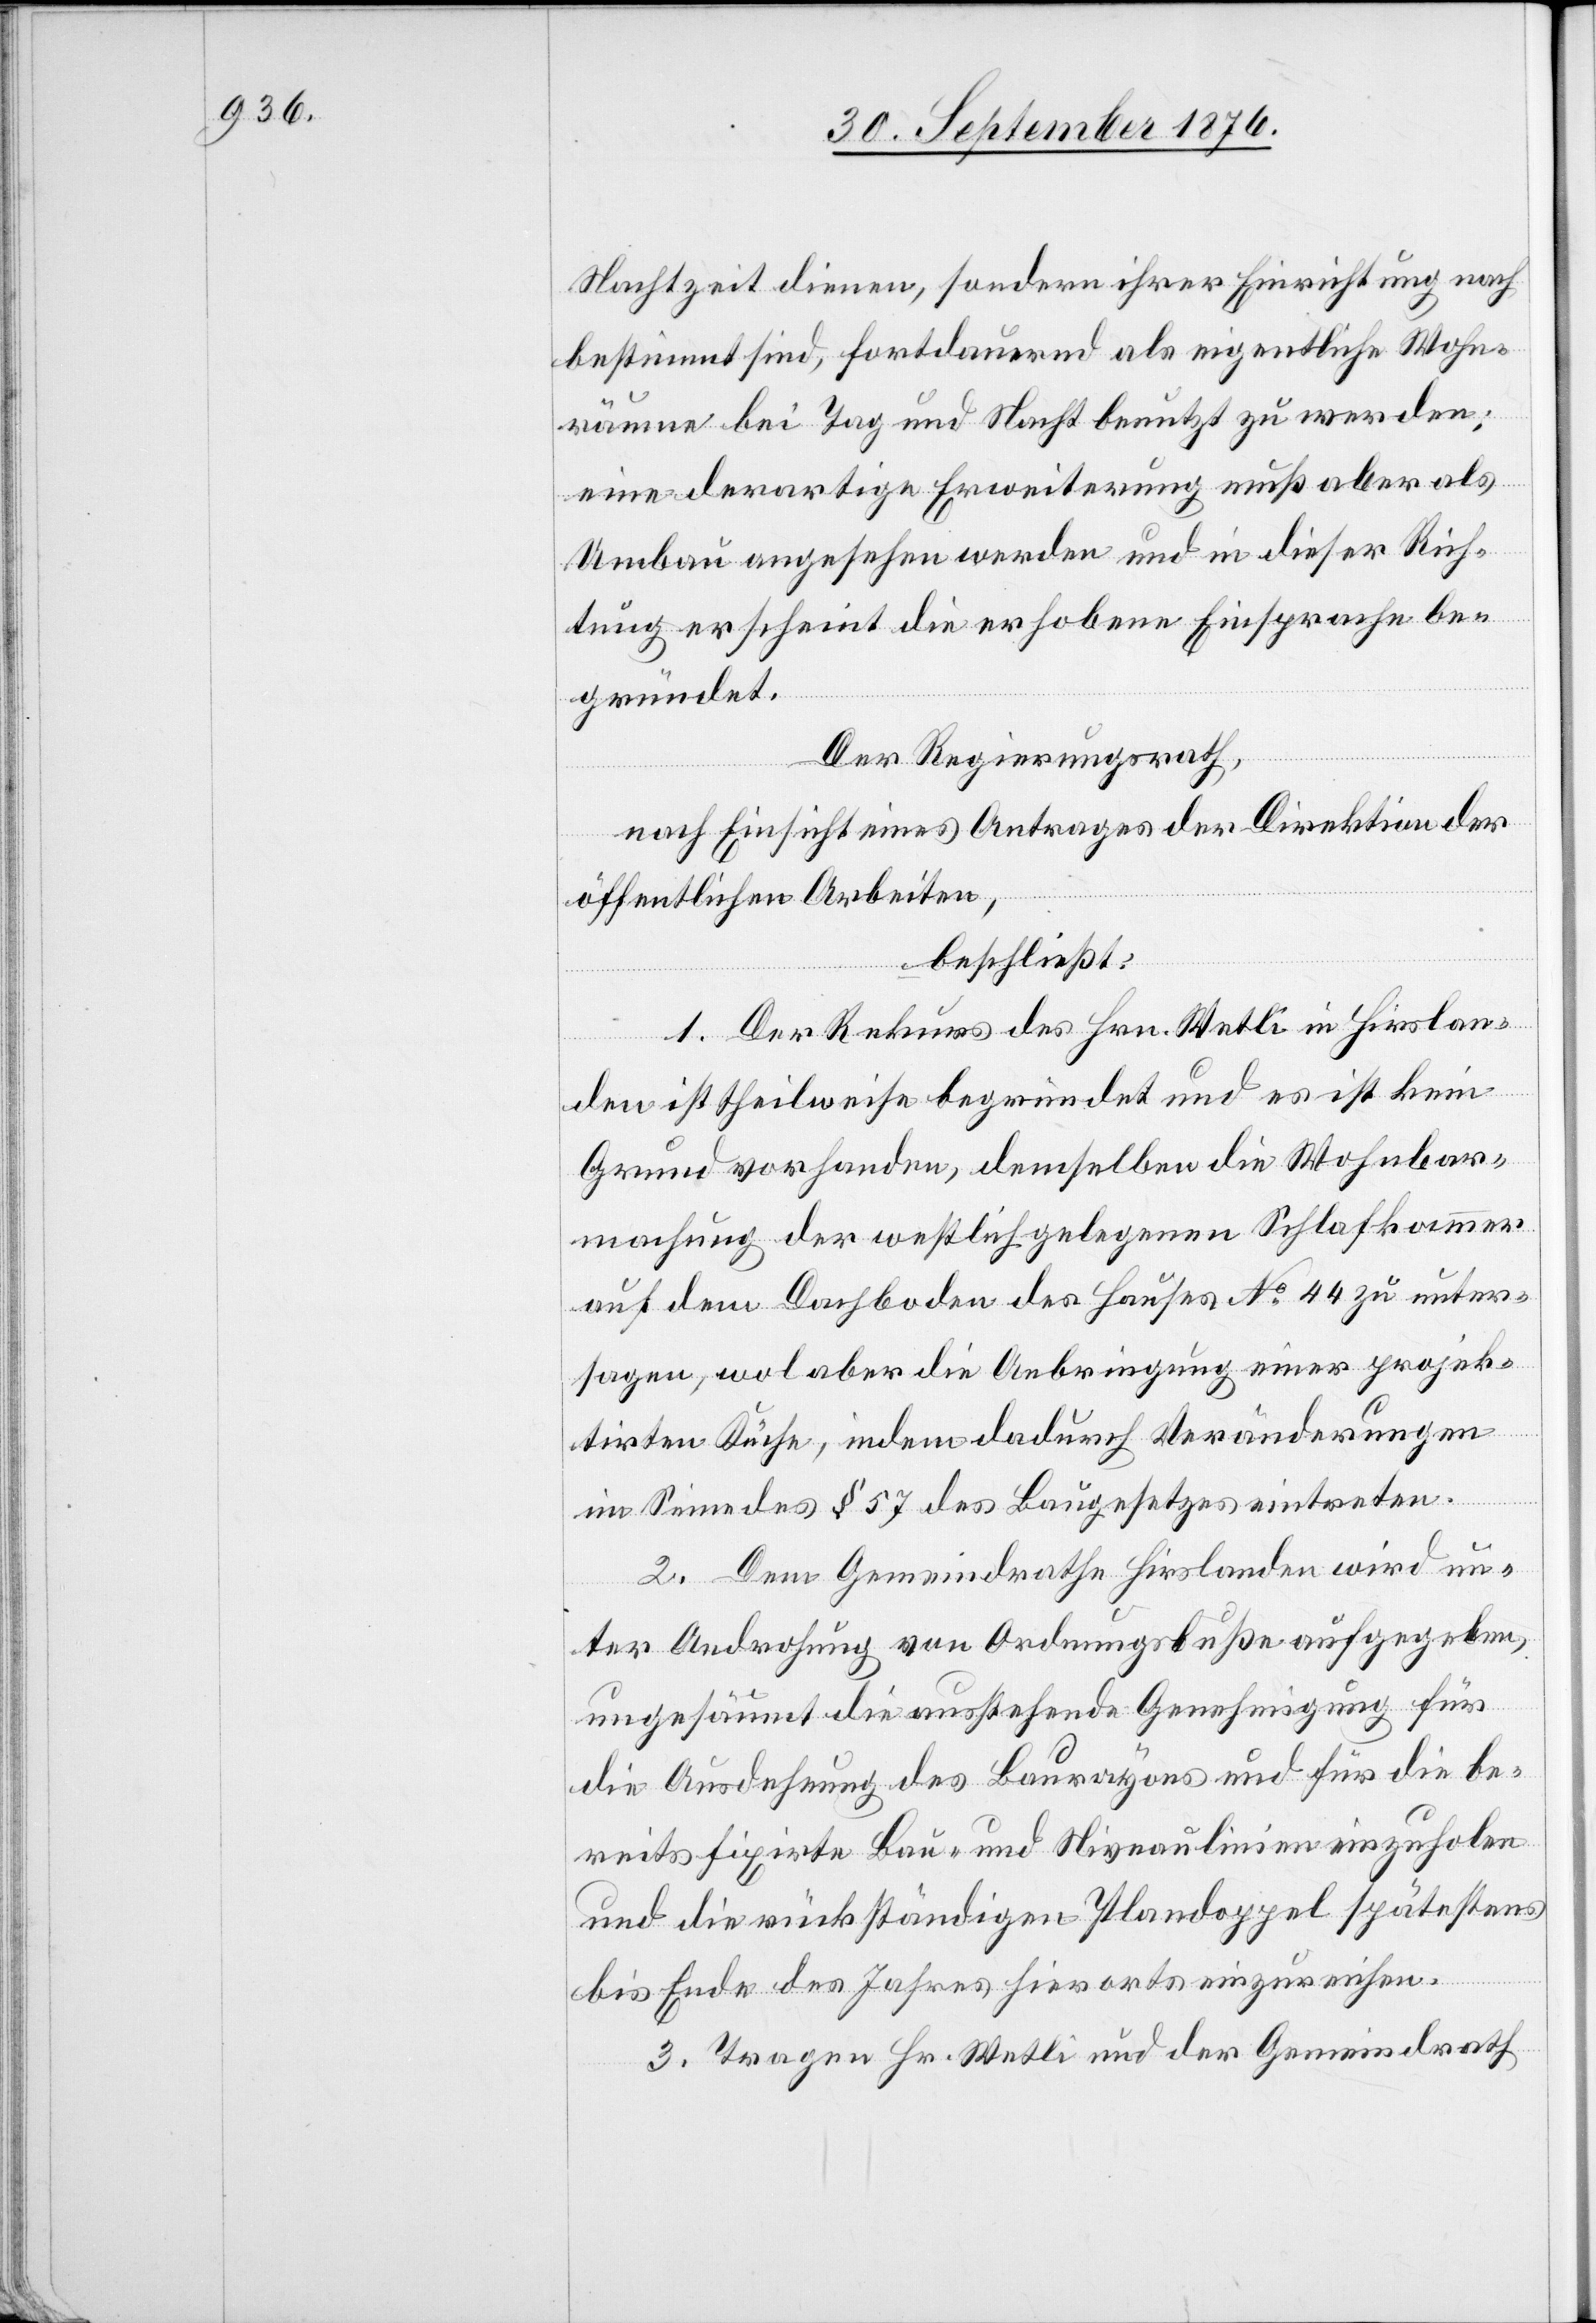
Nachtzeit dienen, sondern ihrer Einrichtung nach
bestimmt sind, fortdauernd als eigentliche Wohn¬
räume bei Tag und Nacht benutzt zu werden;
eine derartige Erweiterung muß aber als
Umbau angesehen werden und in dieser Rich¬
tung erscheint die erhobene Einsprache als
gründet.
be¬
Der Regierungsrath,
nach Einsicht eines Antrages der Direktion der
öffentlichen Arbeiten,
beschließt:
1. Der Rekurs des Hrn. Wetli in Hirslan¬
den ist theilweise begründet und es ist kein
Grund vorhanden, demselben die Wohnbar¬
machung der westlich gelegenen Schlafkammer
auf dem Dachboden des Hauses No 44 zu unter¬
sagen, wol aber die Anbringung eines projek¬
tirten Küche, indem dadurch Veränderungen
im Sinne des § 57 des Baugesetzes eintreten.
2. Dem Gemeindrath Hirslanden wird un¬
ter Androhung von Ordnungsbuße aufgegeben,
ungesäumt die ausstehende Genehmigung für
die Ausdehnung des Baurayons und für die be¬
reits fixirte Bau- und Niveaulinien einzuholen
und die rückständigen Plandoppel spätestens
bis Ende des Jahres hierorts einzureichen.
3. Tragen Hr. Wetli und der Gemeindrath